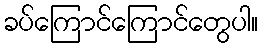
ခပ်ကြောင်ကြောင်တွေပါ။